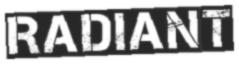
RADIANT